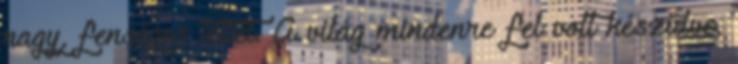
nagy, fenséges tettet. A világ mindenre fel volt készülve,